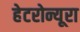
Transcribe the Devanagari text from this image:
हेटरोन्यूरा